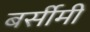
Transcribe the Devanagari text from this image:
बर्सीमी